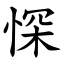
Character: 㤾